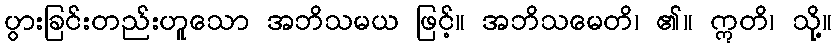
ပွားခြင်းတည်းဟူသော အဘိသမယ ဖြင့်။ အဘိသမေတိ၊ ၏။ ဣတိ၊ သို့။